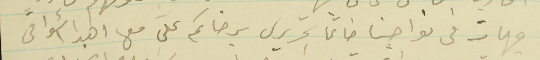
جهات فى نواحينا خاتماً تحريرى برضاكم على معها اهدا أشواقى